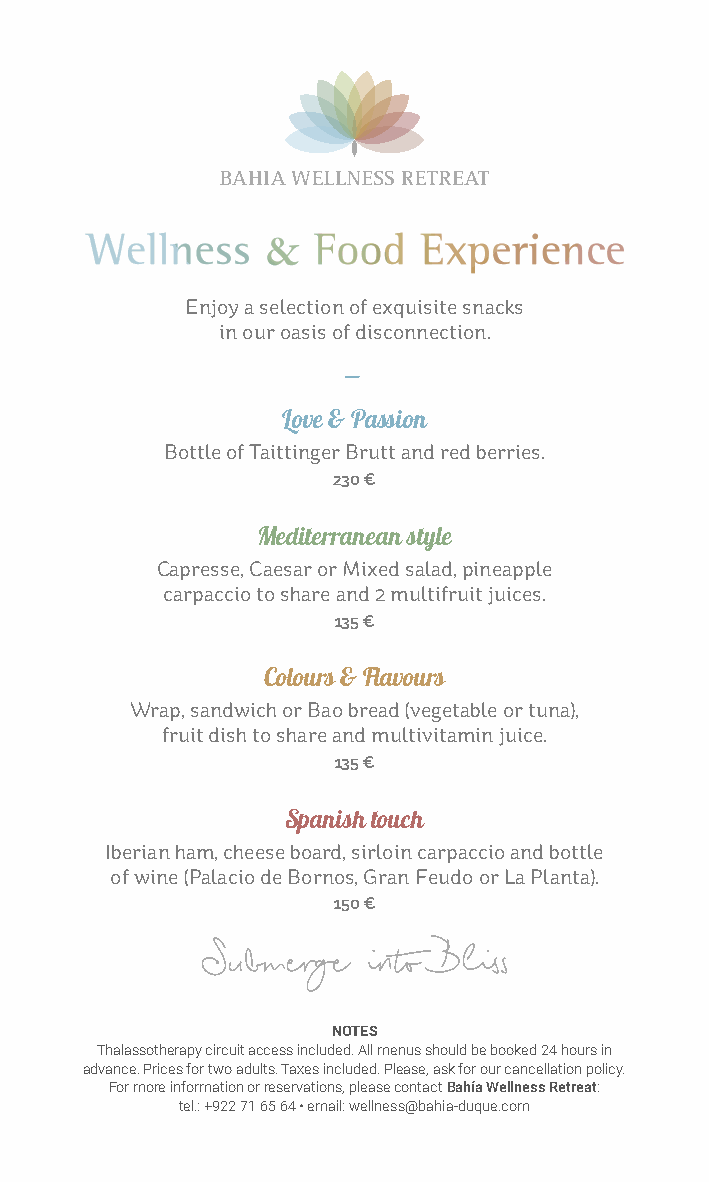
Enjoy a selection of exquisite snacks
 in our oasis of disconnection.
 Love & Passion
 Bottle of Taittinger Brutt and red berries.
 230 €
 Mediterranean style
 Capresse, Caesar or Mixed salad, pineapple
 carpaccio to share and 2 multifruit juices.
 135 €
 Colours & Flavours
 Wrap, sandwich or Bao bread (vegetable or tuna),
 fruit dish to share and multivitamin juice.
 135 €
 Spanish touch
 Iberian ham, cheese board, sirloin carpaccio and bottle
 of wine (Palacio de Bornos, Gran Feudo or La Planta).
 150 €
 NOTES
 Thalassotherapy circuit access included. All menus should be booked 24 hours in
 advance. Prices for two adults. Taxes included. Please, ask for our cancellation policy.
 For more information or reservations, please contact Bahía Wellness Retreat:
 tel.: +922 71 65 64 • email: wellness@bahia-duque.com